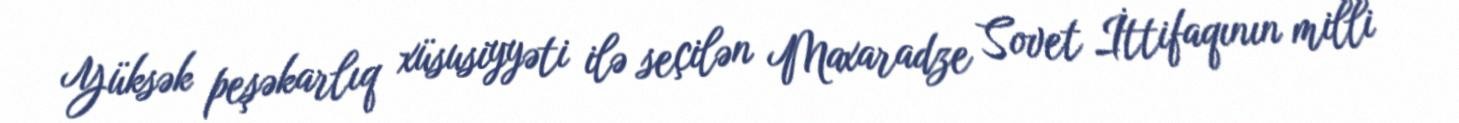
Yüksək peşəkarlıq xüsusiyyəti ilə seçilən Maxaradze Sovet İttifaqının milli